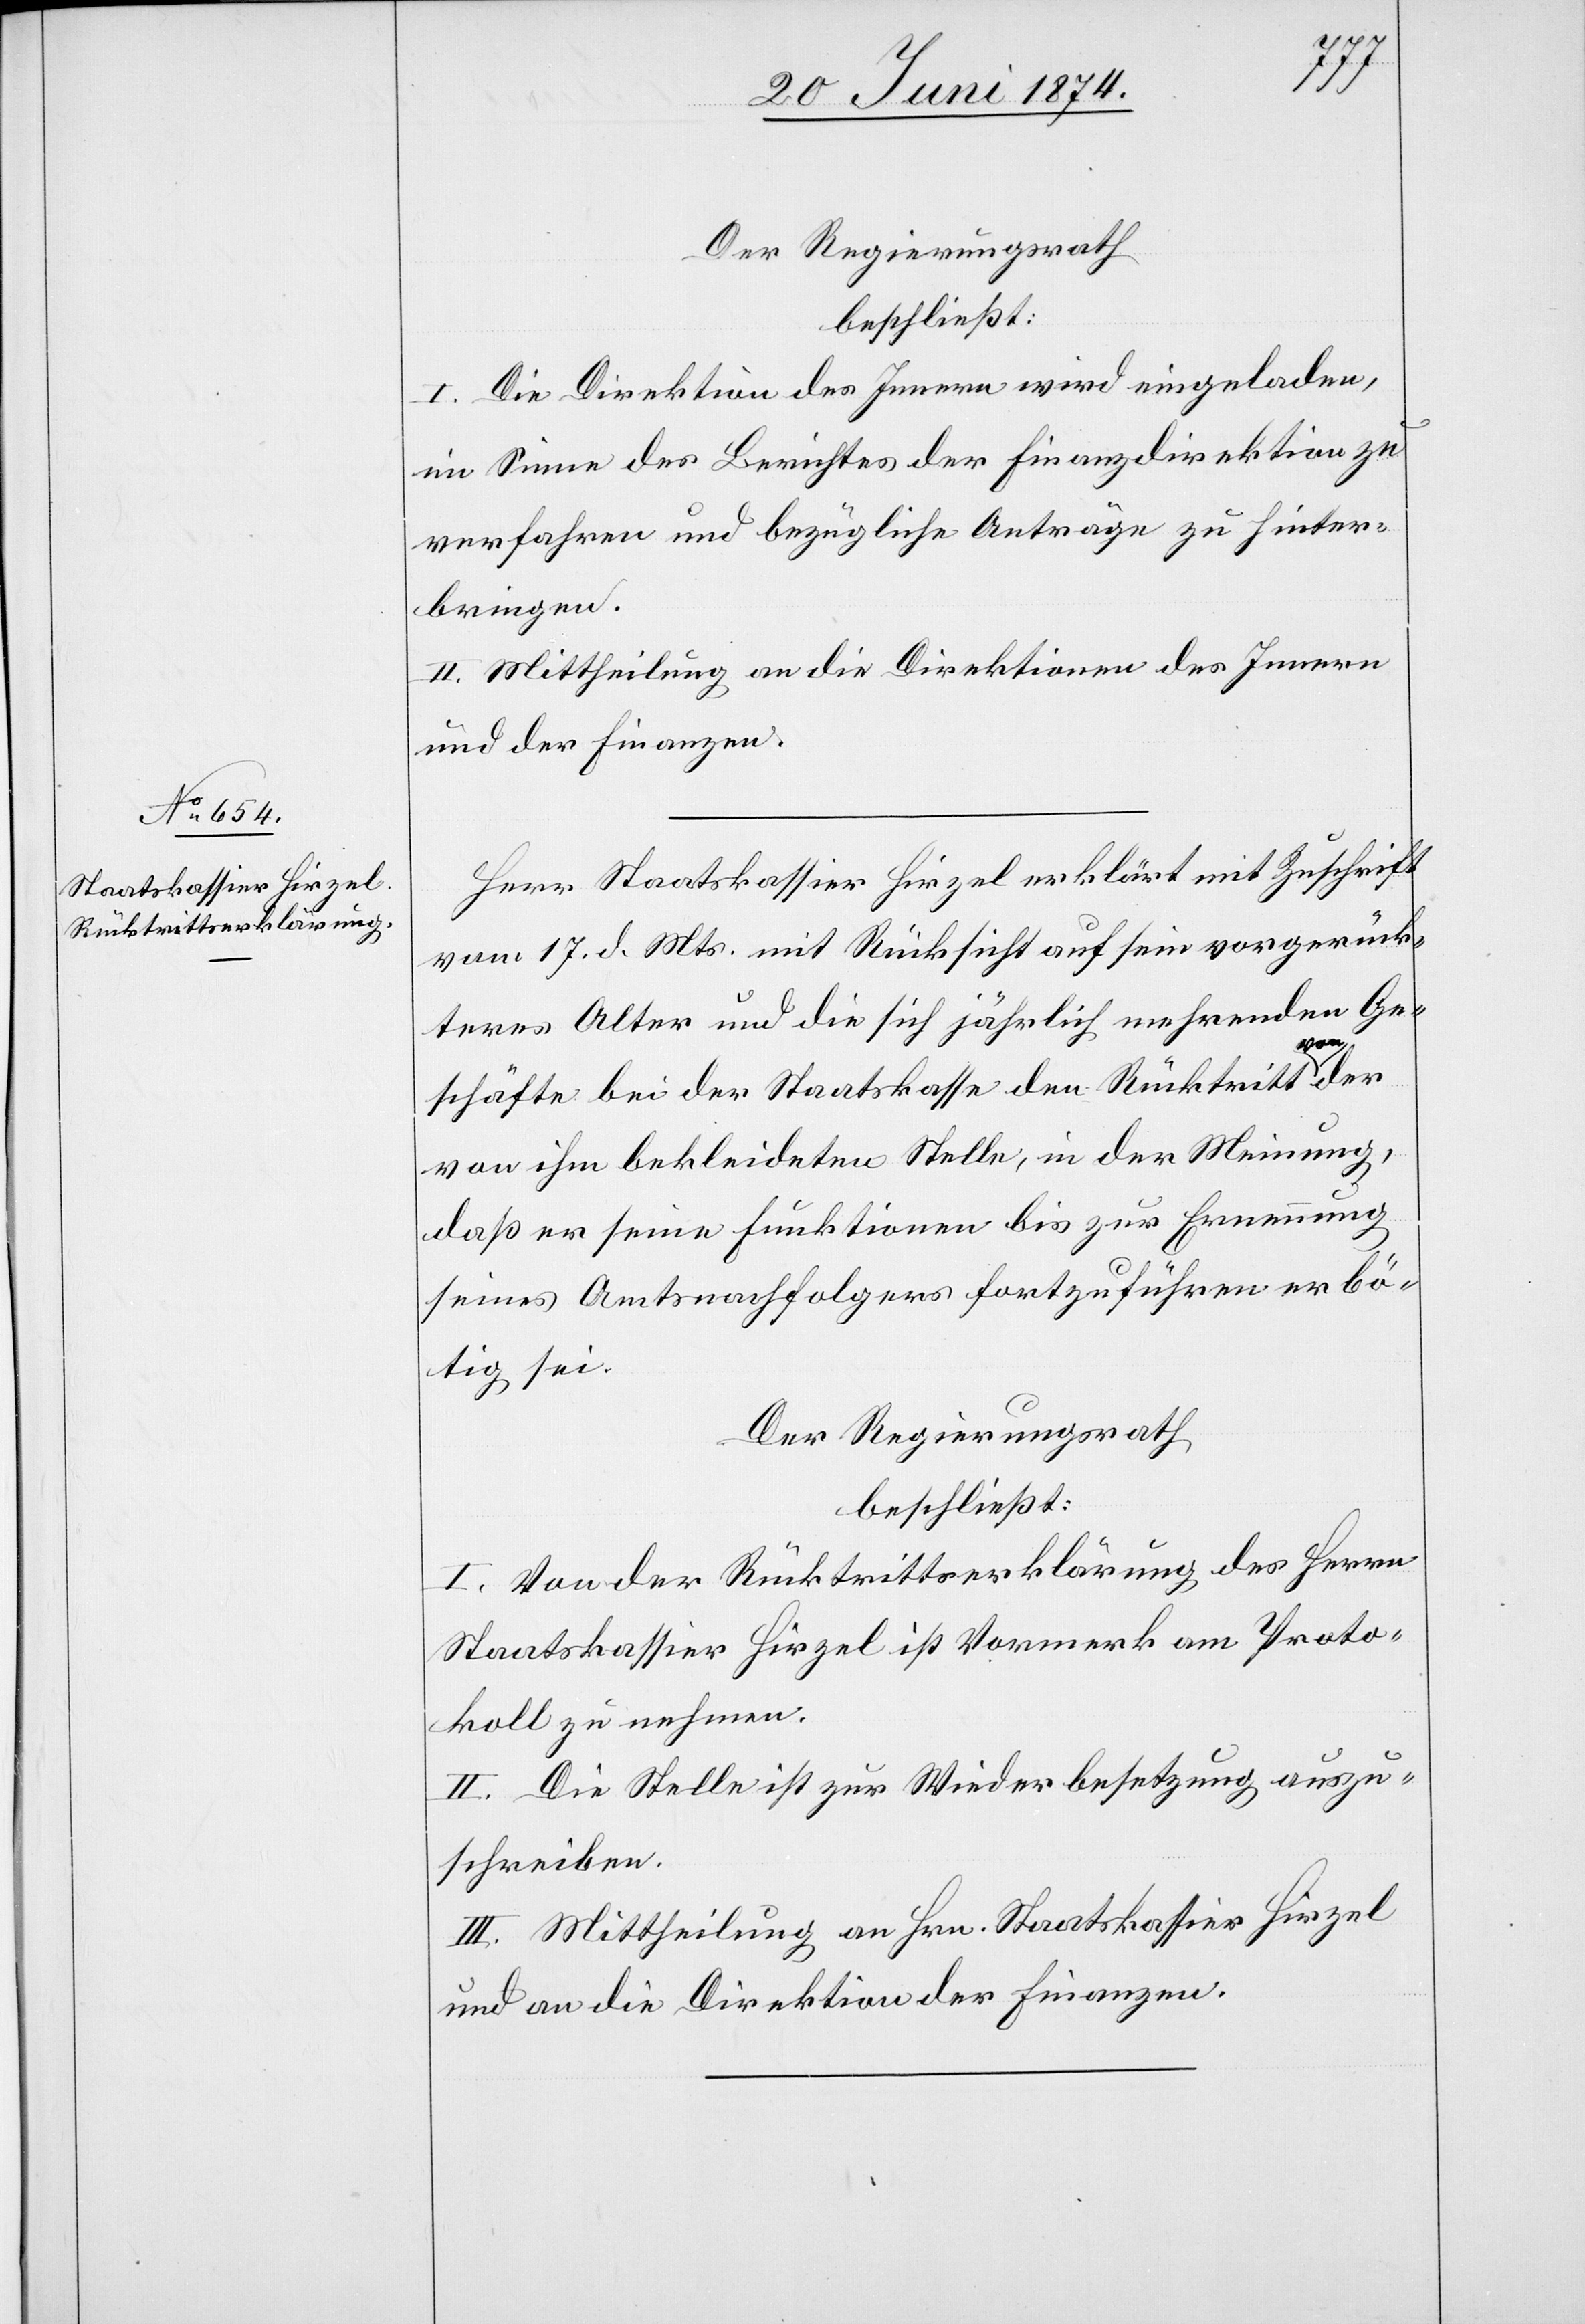
Der Regierungsrath
beschließt:
I. Die Direktion des Innern wird eingeladen,
im Sinne des Berichtes der Finanzdirektion zu
verfahren und bezügliche Anträge zu hinter¬
bringen.
II. Mittheilung an die Direktion des Innern
und der Finanzen.
Herr Staatskassier Hirzel erklärt mit Zuschrift
vom 17. d. Mts. mit Rücksicht auf sein vorgerück¬
teres Alter und die sich jährlich mehrenden Ge¬
schäfte bei der Staatskasse den Rücktritt von
von ihm bekleideten Stelle, in der Meinung,
daß er seine Funktionen bis zur Ernennung
seines Amtsnachfolgers fortzuführen erbö¬
tig sei.
Der Regierungsrath
beschließt:
I. Von der Rücktrittserklärung des Herrn
Staatskassier Hirzel ist Vormerk am Proto¬
koll zu nehmen.
II. Die Stelle ist zur Wiederbesetzung auszu¬
schreiben.
III. Mittheilung an Hrn. Staatskassier Hirzel
und an die Direktion der Finanzen.